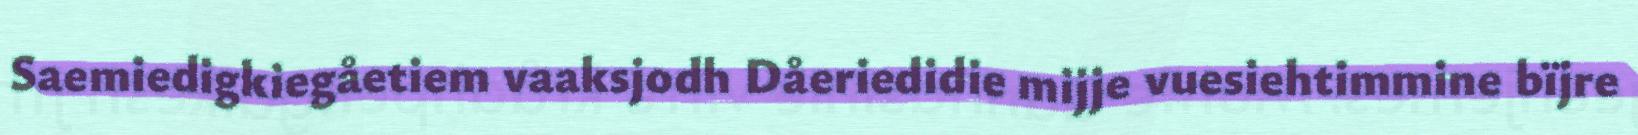
Saemiedigkiegåetiem vaaksjodh Dåeriedidie mijje vuesiehtimmine bïjre